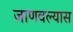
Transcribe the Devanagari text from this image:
जाणवल्यास